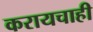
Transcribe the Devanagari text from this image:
करायचाही